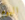
اليوم